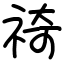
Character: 䄎